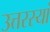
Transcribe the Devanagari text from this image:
उत्तरस्यां